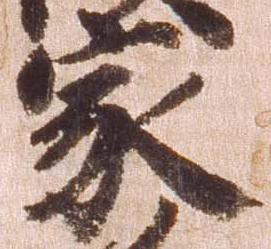
家